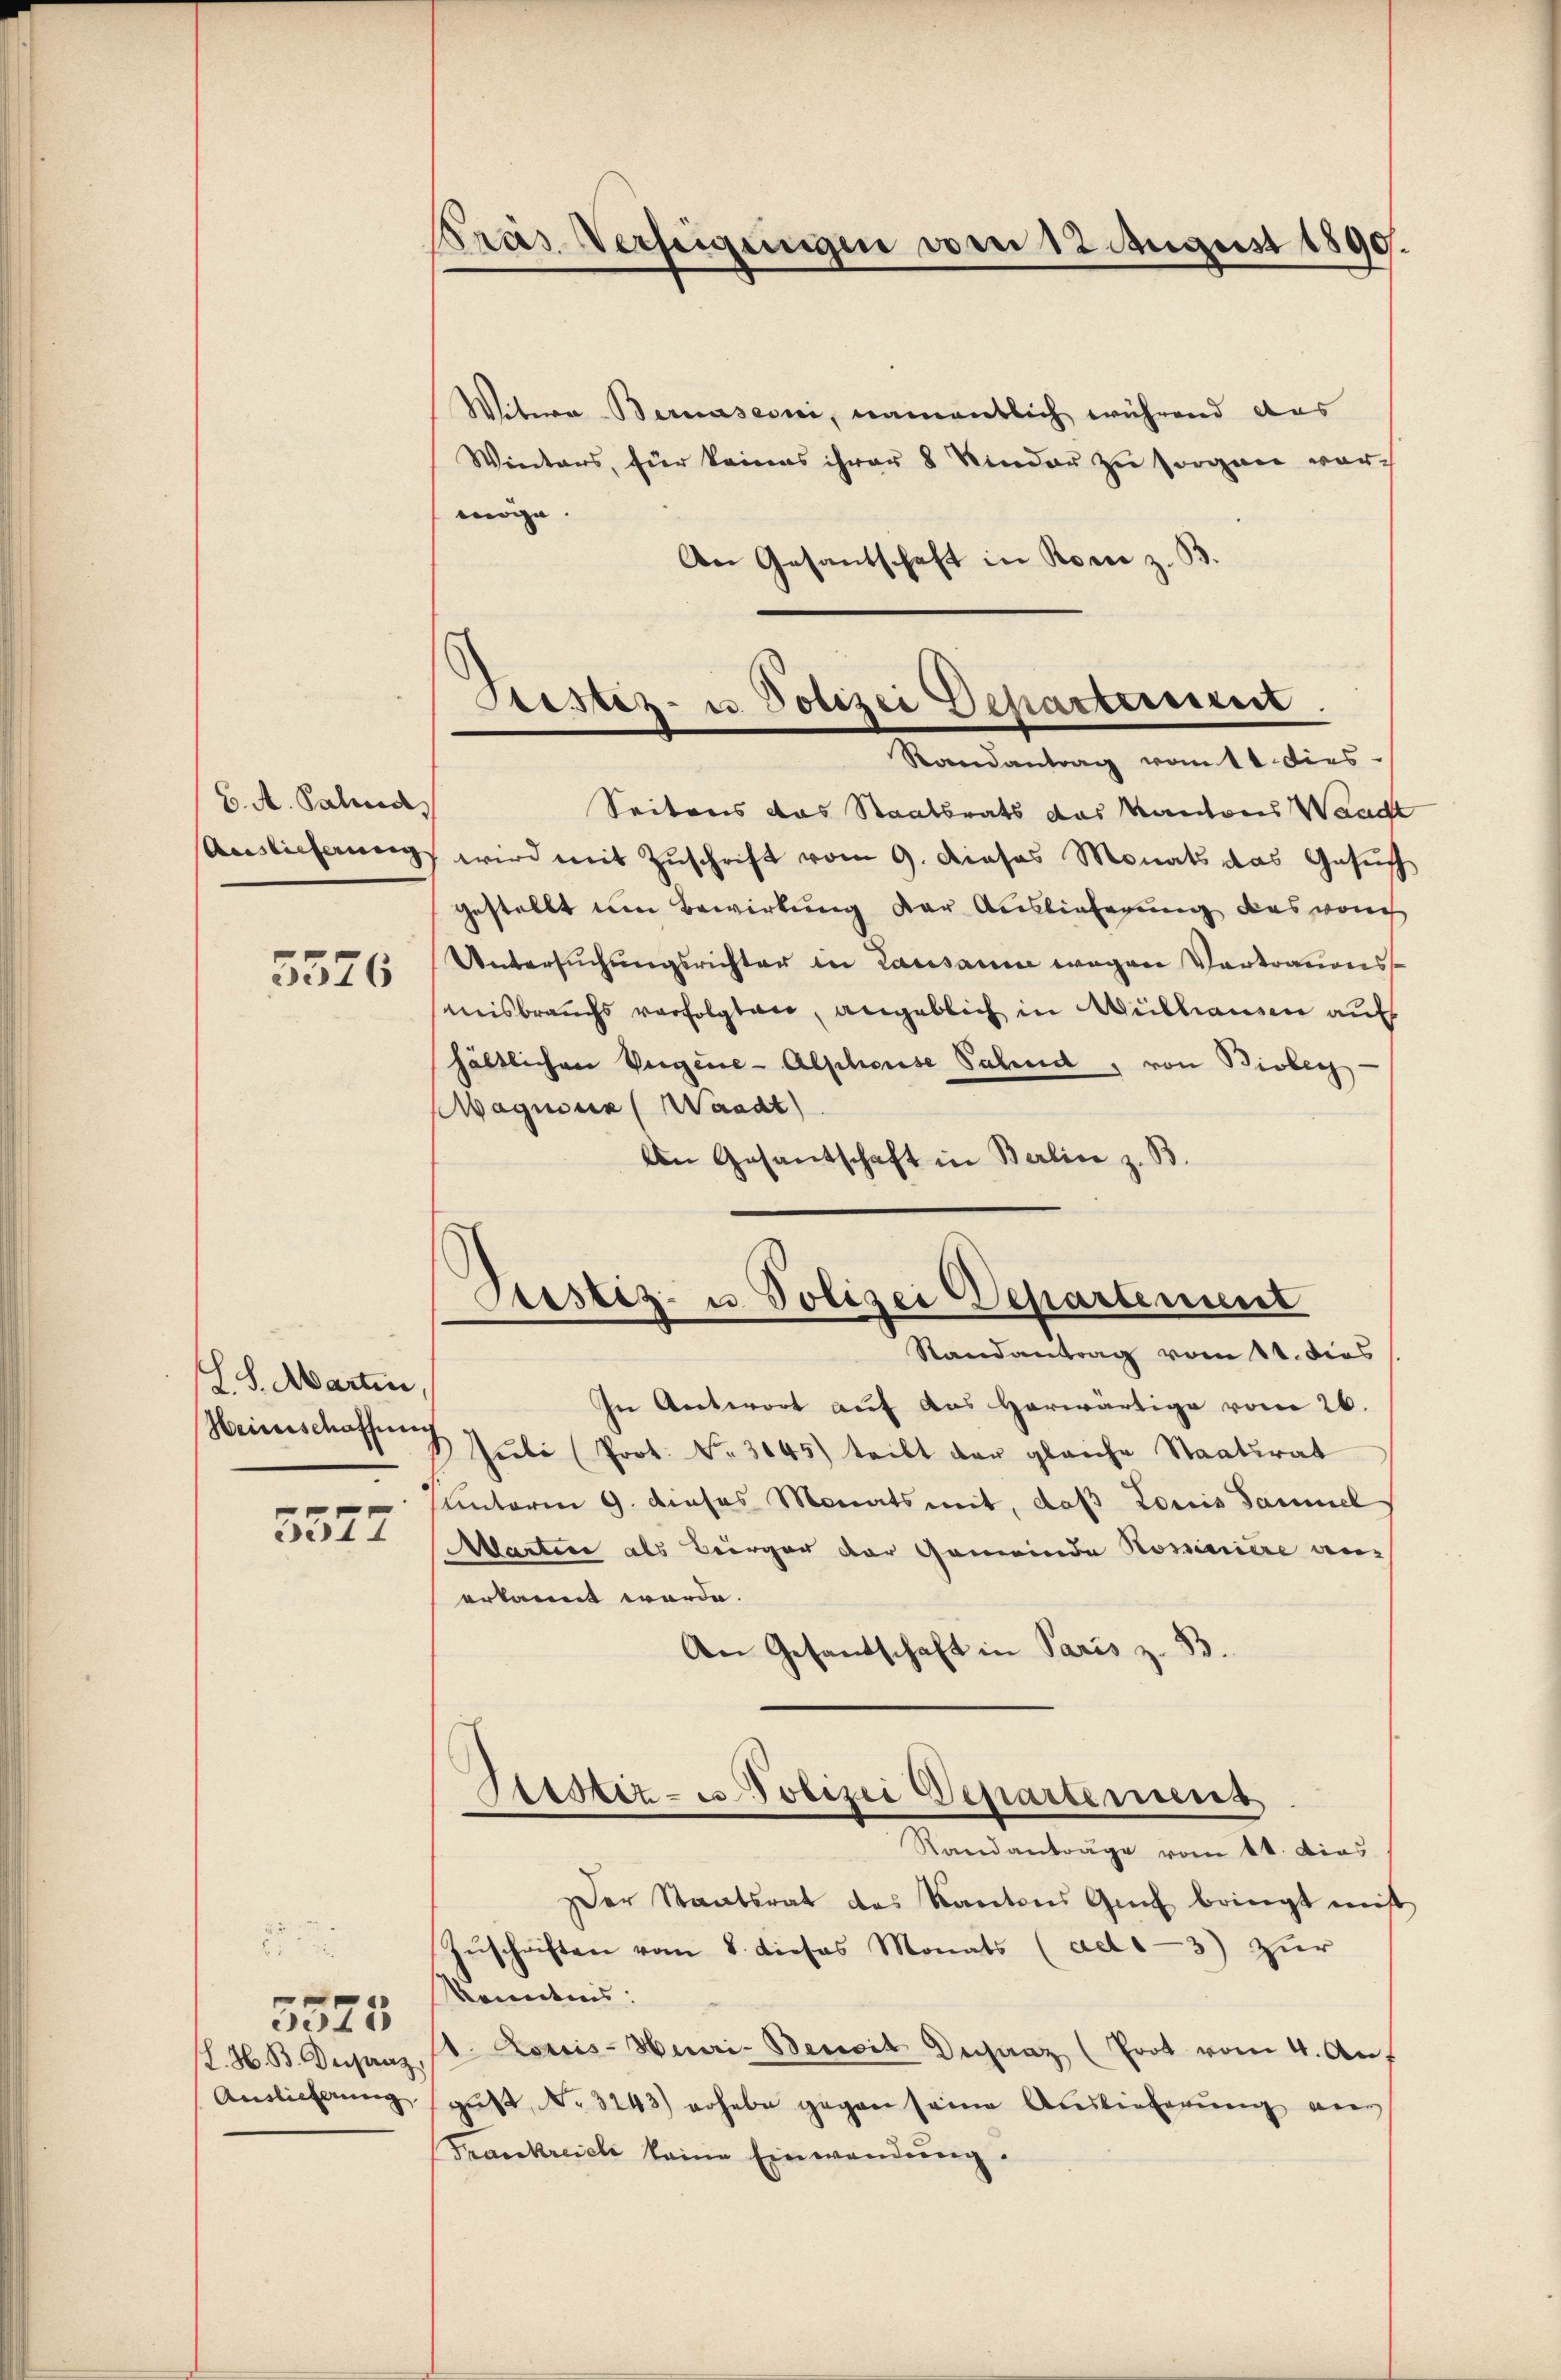
6. A. Salind,
5576

Ch. S. Marten,
Heinischaffung

3577

H. H. B. Depanz,
Auslieferung

5525

Witwe Bernasconi, namentlich während das
Winters, für keines ihrer 8 Kinder zu sorgen vormöge
An Gesantschaft in Rom z. B.

Pras Verfeigungen vom 12. August 1890.

Seitens das Staatsrats das Kantons Waad
Auslicherung wird mit Zuschrift vom 9. dieses Monats das Gesuch
gestellt um Bewirkung der Auslieferung des von
Untersuchungsrichter in Lausanne wegen Vortrauensmisbrauchs verfolgten, angeblich in Mülhausen auf
hältlichen Vergene-Alphouse Fahnd, von Bisberg
Magnien (Waadt)
An Gesandschaft in Berline z. B.

Stestiz- u. Polizei Departerriert.
Randantrag vom 11. dies

Justiz- u. Polizei Departement
Randantrag vom 11. dies

In Antwort auf das herwärtige vom 26.
Juli (Prot. No. 3045) tritt der gleiche Staatsrat
unterm 9. dieses Monats mit, daß Louis Sammel
Martin als Berger der Gemeinde Nominire anerkannt werde.
An Gesandschaft in Paris z. B.
Sistiz- u Polizei Departement
Randanträge vom 11. dies
er Staatsrat des Kantons Gut bringt mist
Zŭschriften vom 8. dieses Monats (ad13) zŭr
kenntnis:
1. Louis-Heri-Bericit Dechanz (Poot vom 4. Auf
gŭst No 3243) erhebe gegen seine Auslieferung ein
Frankreich keine Einwendung.